Indian Medical Review
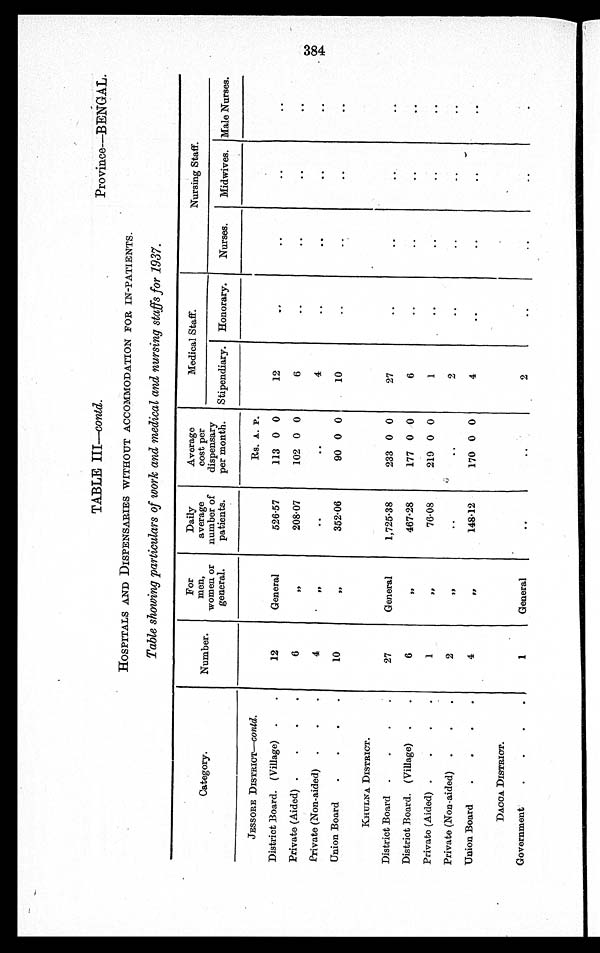
TABLE III—contd.
Province—BENGAL.
HOSPITALS AND DISPENSARIES WITHOUT ACCOMMODATION FOR IN-PATIENTS.
Table showing particulars of work and medical and nursing staffs for 1937.
Category.
Number.
For
men,
women or
general.
Daily
average
number of
patients.
Average
cost per
dispensary
per month.
Medical Staff.
Nursing Staff.
Stipendiary.
Honorary.
Nurses.
Midwives. Male Nurses.
JESSORE DISTRICT— contd.
Rs. A. P.
District Board. (Village)
12
General
526·57
113 0 0
12
. .
..
..
..
Private (Aided)
6
, ,
208·07
102 0 0
6
..
..
..
..
Private (Non-aided)
4
,,
..
..
4
..
..
..
..
Union Board
10
,,
352·06
90 0 0
10
..
. .
..
..
KHULNA DISTRICT.
District Board
27
General
1,725·38
233 0 0
27
..
..
. .
..
District Board. (Village)
6
,,
467·28
177 0 0
6
..
..
..
..
Private (Aided)
1
,,
76·08
219 0 0
1
..
..
. .
. .
Private (Non-aided)
2
, ,
..
. .
2
. .
. .
. .
. .
Union Board
4
,,
148·12
170 0 0
4
..
. .
..
. .
DACCA DISTRICT.
Government
1
General
..
..
2
..
..
..
.
384